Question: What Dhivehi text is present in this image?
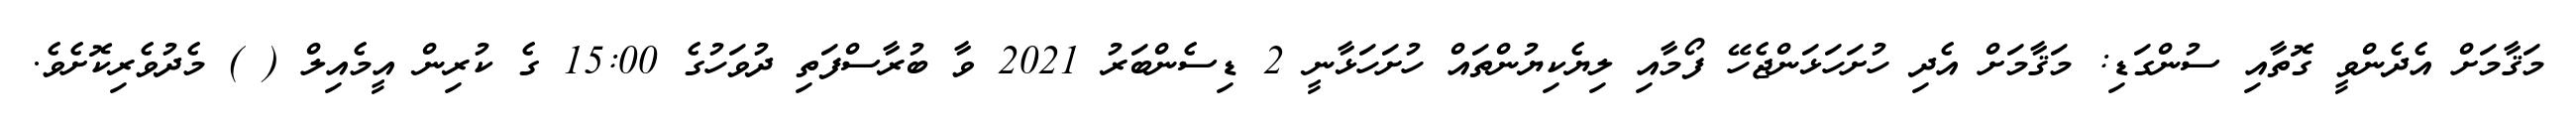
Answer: މަޤާމަށް އެދެންވީ ގޮތާއި ސުންގަޑި: މަޤާމަށް އެދި ހުށަހަޅަންޖެހޭ ފޯމާއި ލިޔެކިޔުންތައް ހުށަހަޅާނީ 2 ޑިސެންބަރު 2021 ވާ ބުރާސްފަތި ދުވަހުގެ 15:00 ގެ ކުރިން އީމެއިލް ( ) މެދުވެރިކޮށެވެ.